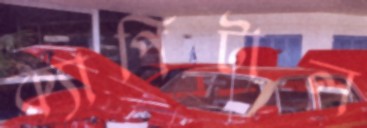
ক্যাপিটাল